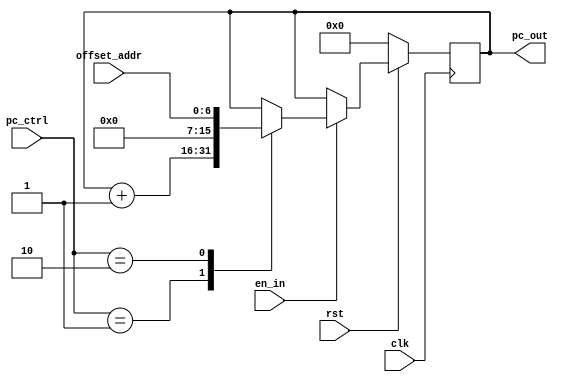
`timescale 1ns / 1ps
//////////////////////////////////////////////////////////////////////////////////
// Company:
// Engineer:
//
// Design Name:
// Module Name: pc
// Project Name:
// Target Devices:
// Tool Versions:
// Description:
//
// Dependencies:
//
// Revision:
// Revision 0.01 - File Created
// Additional Comments:
//
//////////////////////////////////////////////////////////////////////////////////


module pc(clk,
          rst,
          en_in,
          offset_addr,
          pc_ctrl,
          pc_out);
    
    input clk,rst, en_in;
    input [6:0] offset_addr;
    input [1:0] pc_ctrl;
    output reg [15:0] pc_out;
    
    always @(posedge clk) begin
        if (!rst)
            pc_out <= 16'b0000_0000_0000_0000;
        else
            begin  if (en_in == 1'b1)
            begin
            // case (pc_ctrl)
            //     2'b00:
            //     begin
            //         pc_out <= pc_out;
            //     end
            //     2'b01:
            //     begin
            //         pc_out <= pc_out+1;
            //     end
            //     2'b10:
            //     begin
            //         pc_out <= {9'b0_0000_0000,offset};
            //     end
            //     default: pc_out <= 16'b0000_0000_0000_0000;
            // endcase
            case (pc_ctrl)
                2'b01:
                pc_out <= pc_out + 1;
                2'b10:
                pc_out <= {9'b0_0000_0000,offset_addr[6:0]};
                //offset_addr if the offset() of address
                default:
                pc_out <= pc_out;
            endcase
    end
    end
    
    end
    
endmodule